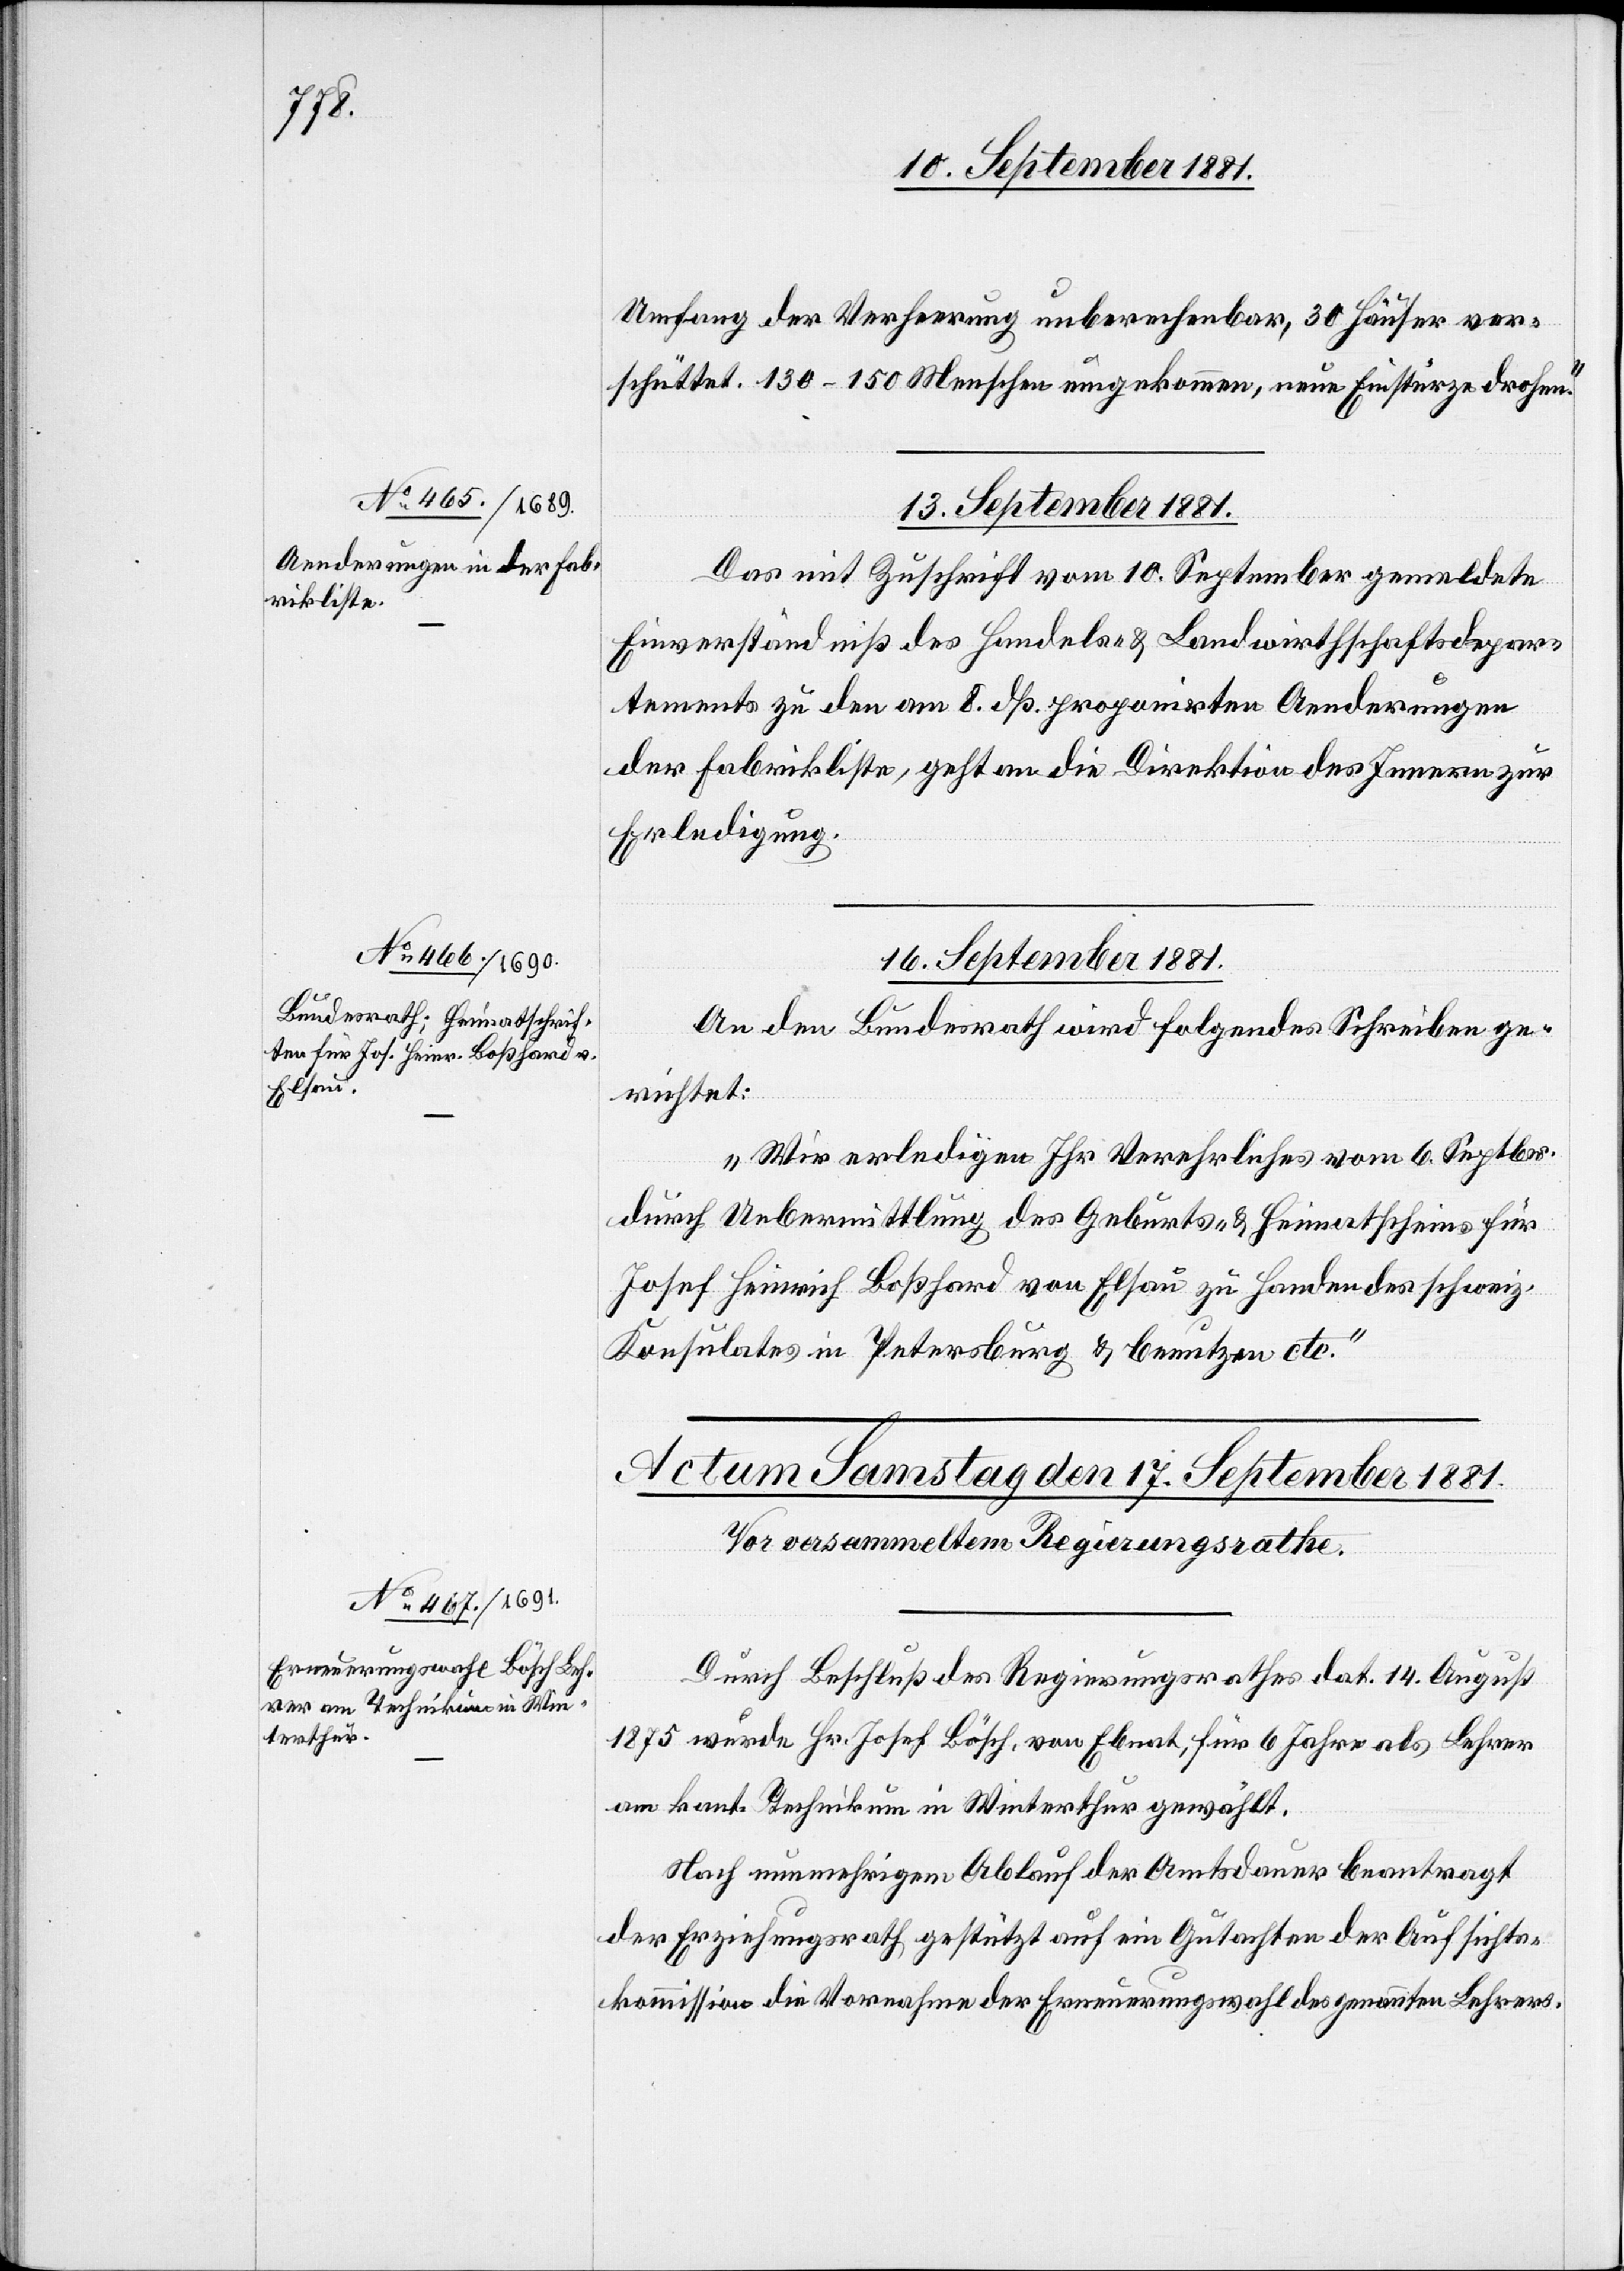
Umfang der Verheerung unberechenbar, 30 Häuser ver¬
schüttet. 130–150 Menschen umgekommen, neue Einstürze drohen.“
13. September 1881.
Das mit Zuschrift vom 10. September gemeldete
Einverständniß des Handels- & Landwirthschaftsdepar¬
tements zu den am 8. dß. proponirten Aenderungen
der Fabrikliste, geht an die Direktion des Innern zur
Erledigung.
16. September 1881.
An den Bundesrath wird folgendes Schreiben ge¬
richtet:
„Wir erledigen Ihr Verehrliches vom 6. Septbr.
durch Uebermittlung des Geburts- & Heimatscheins für
Josef Heinrich Boßhard von Elsau zu Handen des schweiz.
Konsulates in Petersburg & benutzen etc.“
Durch Beschluß des Regierungsrathes dat. 14. August
1875 wurde Hr. Josef Bösch, von Ebnat, für 6 Jahre als Lehrer
am kant. Technikum in Winterthur gewählt.
Nach nunmehrigem Ablauf der Amtsdauer beantragt
der Erziehungsrat, gestützt auf ein Gutachten der Aufsichts¬
kommission die Vornahme der Erneuerungswahl des genannten Lehrers.